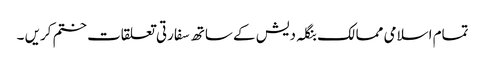
تمام اسلامی ممالک بنگلہ دیش کے ساتھ سفارتی تعلقات ختم کریں ۔